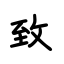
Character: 致